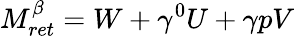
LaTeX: M_{ret}^{\beta}=W+\gamma^{0}U+{\mathbf\gamma p}V